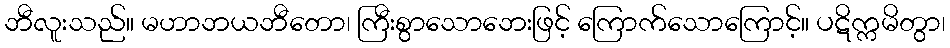
ဘီလူးသည်။ မဟာဘယဘီတော၊ ကြီးစွာသောဘေးဖြင့် ကြောက်သောကြောင့်။ ပဋိက္ကမိတွာ၊